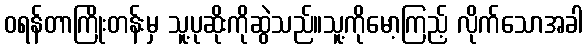
ဝရန်တာကြိုးတန်းမှ သူ့ပုဆိုးကိုဆွဲသည်။သူ့ကိုမော့ကြည့် လိုက်သောအခါ